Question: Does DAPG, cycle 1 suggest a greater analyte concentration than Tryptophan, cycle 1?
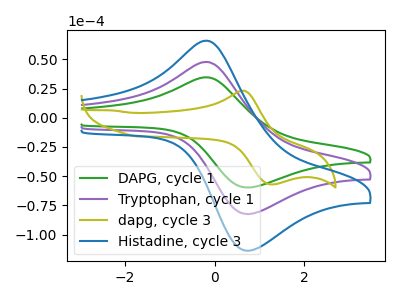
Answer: <think>The green curve "DAPG, cycle 1" has an anodic peak at (-0.15V, 34.60uA) and a cathodic peak at (0.75V, -59.75uA). The purple curve "Tryptophan, cycle 1" has an anodic peak at (-0.15V, 47.80uA) and a cathodic peak at (0.75V, -82.50uA). The olive curve "dapg, cycle 3" has an anodic peak at (0.60V, 23.20uA) and a cathodic peak at (1.25V, -57.05uA). The blue curve "Histadine, cycle 3" has an anodic peak at (-0.15V, 95.55uA) and a cathodic peak at (0.75V, -165.00uA).
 All the peaks in "DAPG, cycle 1" have a peak in "Tryptophan, cycle 1" at the same potential. Every peak in "DAPG, cycle 1" is lower than every peak in "Tryptophan, cycle 1".</think>
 <answer>"DAPG, cycle 1" has less signal than "Tryptophan, cycle 1".</answer>
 <eval>less_signal</eval>